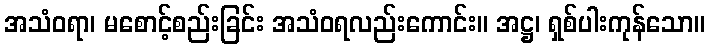
အသံဝရာ၊ မစောင့်စည်းခြင်း အသံဝရလည်းကောင်း။ အဋ္ဌ၊ ရှစ်ပါးကုန်သော။